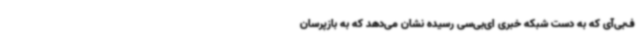
ف‌بی‌آی که به دست شبکه خبری ای‌بی‌سی رسیده نشان می‌دهد که به بازپرسان